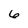
Character: 6